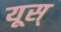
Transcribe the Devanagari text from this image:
यूस्